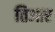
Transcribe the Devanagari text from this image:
तिआर